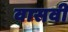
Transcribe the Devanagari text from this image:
वासवी